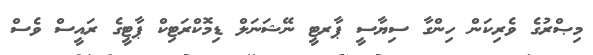
މިޞްރުގެ ވެރިކަން ހިންގާ ސިޔާސީ ޕާރޓީ ނޭޝަނަލް ޑިމޮކްރަޓިކް ޕާޓީގެ ރައީސް ވެސް